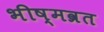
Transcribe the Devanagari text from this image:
भीष्मव्रत